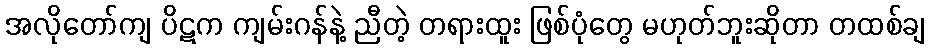
အလိုတော်ကျ ပိဋက ကျမ်းဂန်နဲ့ ညီတဲ့ တရားထူး ဖြစ်ပုံတွေ မဟုတ်ဘူးဆိုတာ တထစ်ချ